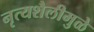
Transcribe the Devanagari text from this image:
नृत्यशैलीमुळे